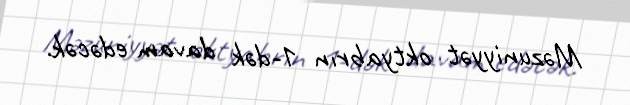
Məzuniyyət oktyabrın 1-dək davam edəcək.